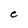
Character: e